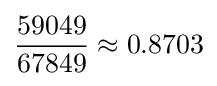
{\frac {59049}{67849}}\approx 0.8703